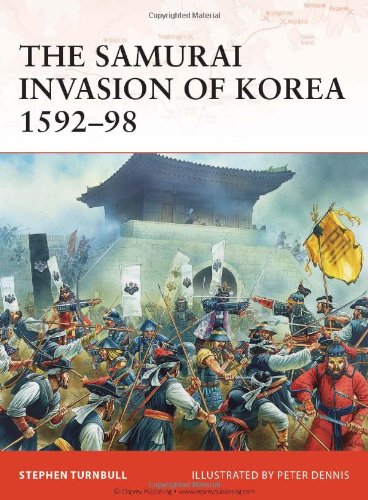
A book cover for The Samurai Invasion of Korea 1592-98 (Campaign); Stephen Turnbull; History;